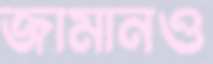
জামানও